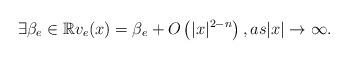
LaTeX: \begin{align*}\exists \beta _ { e } \in \mathbb { R } v _ { e } ( x ) = \beta_ { e } + O \left( | x | ^ { 2 - n } \right) , a s | x | \rightarrow \infty.\end{align*}